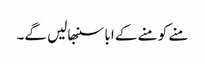
منے کو منے کے ابا سنبھالیں گے۔